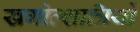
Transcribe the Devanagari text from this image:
खगोल्शात्रियों